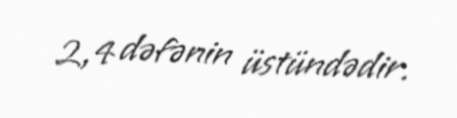
2,4 dəfənin üstündədir.